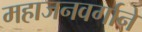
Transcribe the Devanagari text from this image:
महाजनवर्गाने